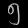
Digit: ၅